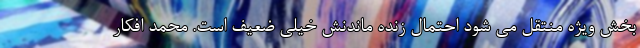
بخش ویژه منتقل می شود احتمال زنده ماندنش خیلی ضعیف است. محمد افکار